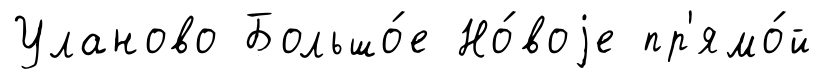
Уланово Большо́е Но́воjе пр'ямо́й